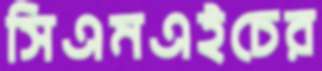
সিএমএইচের